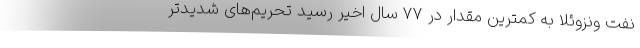
نفت ونزوئلا به کمترین مقدار در ۷۷ سال اخیر رسید تحریم‌های شدیدتر